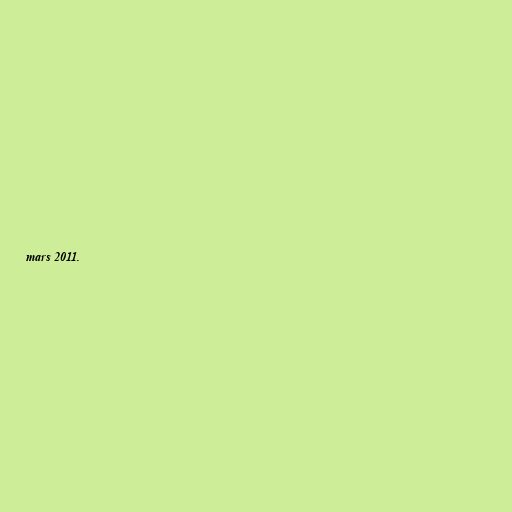
mars 2011.